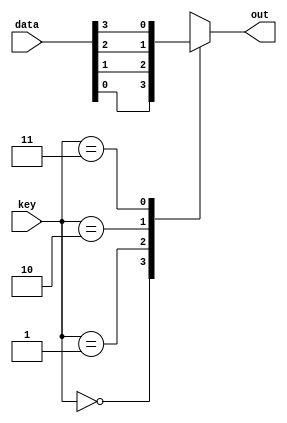
module Mux41 (
    input [3:0] data,
    input [1:0] key,
    output reg out
);
    always @(key or data)
        case (key)
            2'b00:   out = data[0];
            2'b01:   out = data[1];
            2'b10:   out = data[2];
            2'b11:   out = data[3];
            default: out = 1'b0;
        endcase
endmodule


module Mux41_tb;
    reg [3:0] data;
    reg [1:0] key;
    wire out;

    Mux41 uut (
        .data(data),
        .key (key),
        .out (out)
    );

    initial begin
        #10 begin
            data = 4'b0000;
            key  = 2'b00;
        end

        #10 begin
            data = 4'b0001;
            key  = 2'b00;
        end

        #10 begin
            data = 4'b0010;
            key  = 2'b01;
        end

        #10 begin
            data = 4'b0100;
            key  = 2'b10;
        end

        #10 begin
            data = 4'b1000;
            key  = 2'b11;
        end

        #10 begin
            data = 4'b0111;
            key  = 2'b11;
        end

        #10 begin

        end
    end

    initial begin
        $dumpfile("wave.vcd");
        $dumpvars;
    end
endmodule